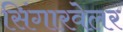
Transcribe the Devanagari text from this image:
सिंगारवेलर